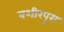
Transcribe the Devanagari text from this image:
बशीरपुरा